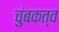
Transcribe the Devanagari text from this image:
चुंबकत्‍व